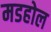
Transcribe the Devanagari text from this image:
मडहोल